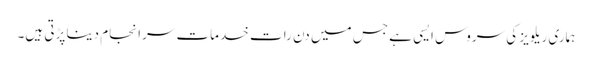
ہماری ریلویز کی سروس ایسی ہے جس میں دن رات خدمات سرانجام دینا پڑتی ہیں۔